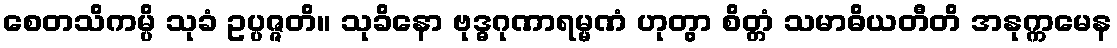
စေတသိကမ္ပိ သုခံ ဥပ္ပဇ္ဇတိ။ သုခိနော ဗုဒ္ဓဂုဏာရမ္မဏံ ဟုတွာ စိတ္တံ သမာဓိယတီတိ အနုက္ကမေန